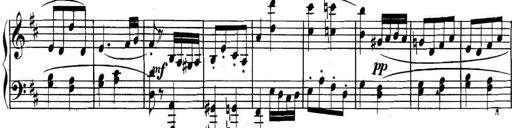
Title: Collected Piano Sonatas
Composer: Muzio Clementi